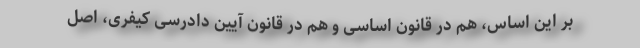
بر این اساس، هم در قانون اساسی و هم در قانون آیین دادرسی کیفری، اصل